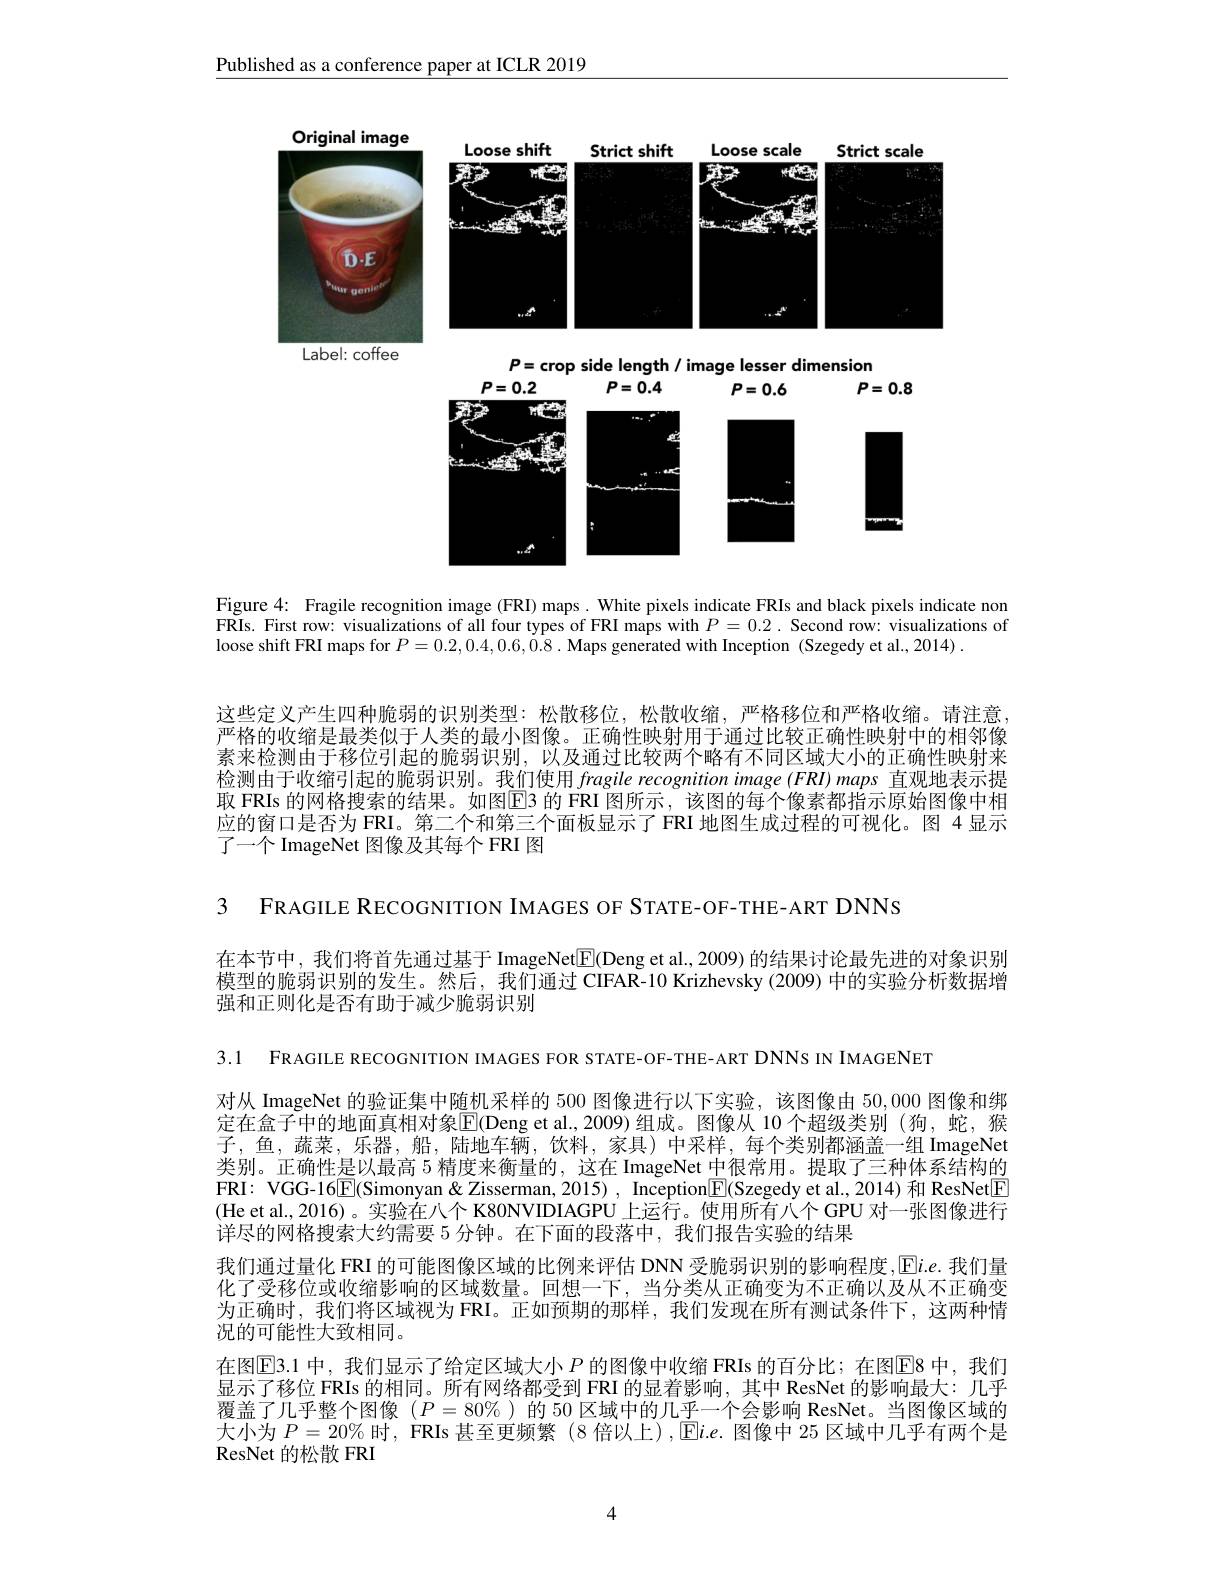
$\underline{\text{Published as a conference paper at ICLR 2019}}$

<FigureHere>
Label: coffee

$P=$crop side length / image lesser dimension
$P=0.2$
$P=0.4$
$P=0.8$
$P=0.6$

<FigureHere>

Figure 4: Fragile recognition image (FRI) maps. White pixels indicate FRIs and black pixels indicate non FRIs. First row: visualizations of all four types of FRI maps with $P=0.2.$ Second row: visualizations of loose shift FRI maps for $P= 0. 2, 0. 4, 0. 6, 0. 8. \textbf{Maps generated with Inception ( Szegedy et al. , 2014) }.$

这些定义产生四种脆弱的识别类型：松散移位，松散收缩，严格移位和严格收缩。请注意严格的收缩是最类似于人类的最小图像。正确性映射用于通过比较正确性映射中的相邻像素来检测由于移位引起的脆弱识别，以及通过比较两个略有不同区域大小的正确性映射来检测由于收缩引起的脆弱识别。我们使用fragile recognition image $(FRI)maps$直观地表示提取 FRIs 的网格搜索的结果。如图E3 的 FRI 图所示，该图的每个像素都指示原始图像中相应的窗口是否为 FRI。第二个和第三个面板显示了 FRI 地图生成过程的可视化。图 4 显示了一个 ImageNet 图像及其每个 FRI 图

3 FRAGILE RECOGNITION IMAGES OF STATE-OF-THE-ART DNNS

在本节中，我们将首先通过基于 ImageNet$\boxed{\mathrm{F}}($Deng et al.,2009) 的结果讨论最先进的对象识别模型的脆弱识别的发生。然后，我们通过 CIFAR-10 Krizhevsky (2009) 中的实验分析数据增强和正则化是否有助于减少脆弱识别

3.1 FRAGILE RECOGNITION IMAGES FOR STATE-OF-THE-ART DNNS IN IMAGENET

对从 ImageNet 的验证集中随机采样的 500 图像进行以下实验，该图像由50，000图像和绑定在盒子中的地面真相对象$\overline{\mathrm{E}}($Deng et al.,2009)组成。图像从 10 个超级类别 (狗，蛇，猴子，鱼，蔬菜，乐器，船，陆地车辆，饮料，家具)中采样，每个类别都涵盖一组 ImageNet 类别。正确性是以最高 5 精度来衡量的 , 这在 ImageNet 中很常用。提取了三种体系结构的FRI: VGG-16$\boxed{\mathrm{E}}($Simonyan&Zisserman, 2015) , Inception$\boxed{\mathrm{F}}($Szegedy et al., 2014) 和 ResNet$\boxed{\mathrm{F}}$ (He et al.,2016)。实验在八个 K80NVIDIAGPU 上运行。使用所有八个 GPU 对一张图像进行详尽的网格搜索大约需要 5 分钟。在下面的段落中，我们报告实验的结果
我们通过量化 FRI 的可能图像区域的比例来评估 DNN 受脆弱识别的影响程度，$\overline{\mathrm{E}}i.e.$我们量化了受移位或收缩影响的区域数量。回想一下，当分类从正确变为不正确以及从不正确变为正确时，我们将区域视为 FRI。正如预期的那样，我们发现在所有测试条件下，这两种情况的可能性大致相同。
在图$\overline{\mathrm{E}}$3.1 中，我们显示了给定区域大小$P$ 的图像中收缩 FRIs 的百分比；在图▣$\overline{\mathrm{E}}$8 中，我们显示了移位 FRIs 的相同。所有网络都受到 FRI 的显着影响，其中 ResNet 的影响最大：几乎覆盖了几乎整个图像$(P=80\%$ )的 50 区域中的几乎一个会影响 ResNet。当图像区域的大小为$P=20\%$时，FRIs 甚至更频繁 (8 倍以上) ,Ei.e. 图像中 25 区域中几乎有两个是ResNet 的松散 FRI

4